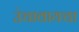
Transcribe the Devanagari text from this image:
उंचावायचा